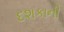
દશકાની